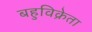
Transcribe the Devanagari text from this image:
बहुविक्रेता